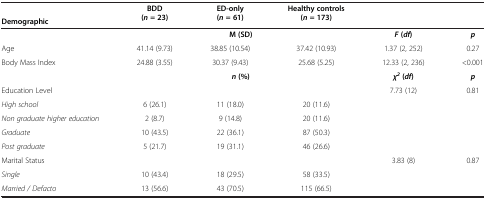
|  | <ROWSPAN=2> BDD (n = 23) | <ROWSPAN=2> ED-only (n = 61) | <ROWSPAN=2> Healthy controls (n = 173) | <ROWSPAN=2>  | <ROWSPAN=2>  |
 | Demographic |
 | --- | --- | --- | --- | --- | --- |
 |  | <COLSPAN=3> M (SD) | F (df) | p |
 | Age | 41.14 (9.73) | 38.85 (10.54) | 37.42 (10.93) | 1.37 (2, 252) | 0.27 |
 | Body Mass Index | 24.88 (3.55) | 30.37 (9.43) | 25.68 (5.25) | 12.33 (2, 236) | <0.001 |
 |  | <COLSPAN=3> n (%) | χ2 ( df ) | p |
 | Education Level |  |  |  | 7.73 (12) | 0.81 |
 | High school | 6 (26.1) | 11 (18.0) | 20 (11.6) |  |  |
 | Non graduate higher education | 2 (8.7) | 9 (14.8) | 20 (11.6) |  |  |
 | Graduate | 10 (43.5) | 22 (36.1) | 87 (50.3) |  |  |
 | Post graduate | 5 (21.7) | 19 (31.1) | 46 (26.6) |  |  |
 | Marital Status |  |  |  | 3.83 (8) | 0.87 |
 | Single | 10 (43.4) | 18 (29.5) | 58 (33.5) |  |  |
 | Married / Defacto | 13 (56.6) | 43 (70.5) | 115 (66.5) |  |  |